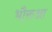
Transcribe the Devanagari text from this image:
भौरुआ